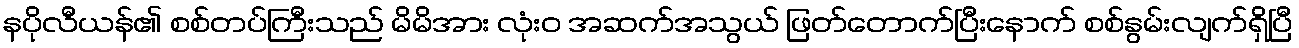
နပိုလီယန်၏ စစ်တပ်ကြီးသည် မိမိအား လုံးဝ အဆက်အသွယ် ဖြတ်တောက်ပြီးနောက် စစ်နွမ်းလျက်ရှိပြီ